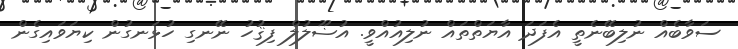
ސަވާބެއް ނުލިބޭނެތީ އެފަދަ އާޔަތްތައް ނުލިއުއްވީ. އުޟޫލުލް ފިޤުހު ނޭނގި ހުޅަނގުން ކިޔަވައިގެން